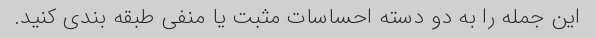
این جمله را به دو دسته احساسات مثبت یا منفی طبقه بندی کنید.